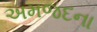
અમજદના